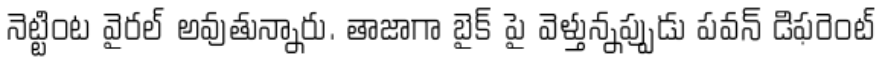
నెట్టింట వైరల్ అవుతున్నారు. తాజాగా బైక్ పై వెళ్తున్నప్పుడు పవన్ డిఫరెంట్